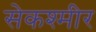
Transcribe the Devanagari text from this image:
सेकश्मीर